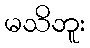
မသိဘူး